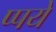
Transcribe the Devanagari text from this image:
प्पये